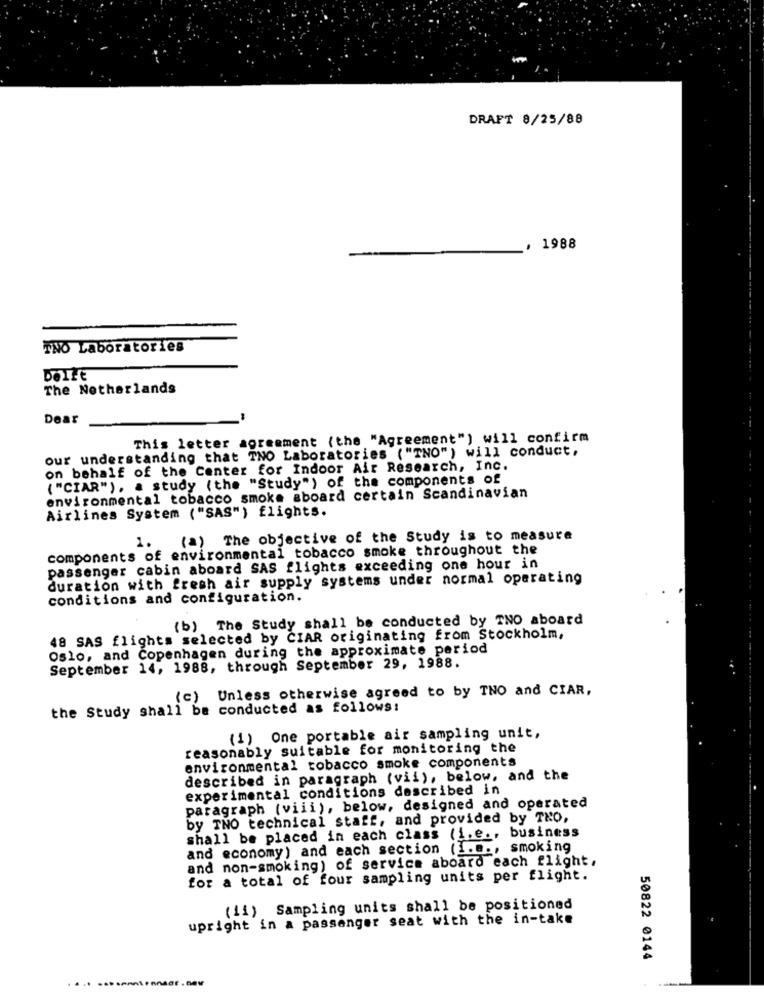
DRAFT 8/25/88
1988
TNO Laboratories
Dell'E
The Netherlands
Dear
This letter agreement (the "Agreement") will confirm
our understanding that TNO Laboratories ("TNO" ) will conduct,
on behalf of the Center for Indoor Air Research, Inc.
( "CIAR" ). a study (the "Study") of the components of
environmental tobacco smoke aboard certain Scandinavian
Airlines System ("SAS") flights.
(a) The objective of the Study is to measure
components of environmental tobacco smoke throughout the
2.
passenger cabin aboard SAS flights exceeding one hour in
duration with fresh air supply systems under normal operating
conditions and configuration.
(b) The Study shall be conducted by TNO aboard
48 SAS flights selected by CIAR originating from Stockholm,
Oslo, and Copenhagen during the approximate period
September 14, 1988, through September 29, 1988.
(c) Unless otherwise agreed to by TNO and CIAR,
the Study shall be conducted as follows:
(1) One portable air sampling unit,
reasonably suitable for monitoring the
environmental tobacco smoke components
described in paragraph (vii), below, and the
experimental conditions described in
paragraph (viii), below, designed and operated
by TNO technical staff, and provided by Tho,
shall be placed in each class (i.e ., business
and economy) and each section (1 ..., smoking
and non-smoking) of service aboard each flight,
for a total of four sampling units per flight.
(11) Sampling units shall be positioned
upright in a passenger seat with the in-take
50822 0144
....